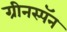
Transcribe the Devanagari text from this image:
ग्रीनस्पॅन